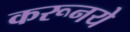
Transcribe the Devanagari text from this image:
करूनये